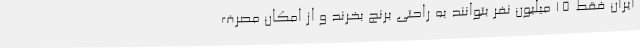
ایران فقط ۱۵ میلیون نفر بتوانند به راحتی برنج بخرند و از امکان مصرف